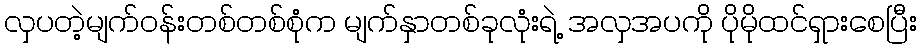
လှပတဲ့မျက်ဝန်းတစ်တစ်စုံက မျက်နှာတစ်ခုလုံးရဲ့ အလှအပကို ပိုမိုထင်ရှားစေပြီး